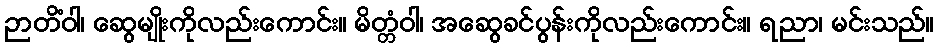
ဉာတိံဝါ၊ ဆွေမျိုးကိုလည်းကောင်း။ မိတ္တံဝါ၊ အဆွေခင်ပွန်းကိုလည်းကောင်း။ ရညာ၊ မင်းသည်။